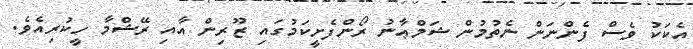
އެކަކު ވެސް ފެންނަން ނެތުމުން ޝަމްޢާނު ރޯންފެށީކަމުގައި ޒޫރިން އާއި ރޭޝްމާ ހީކުރިއެވެ.